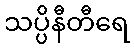
သပ္ပိနီတီရေ